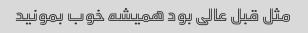
مثل قبل عالی بود همیشه خوب بمونید